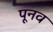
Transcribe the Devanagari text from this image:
पूनव